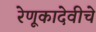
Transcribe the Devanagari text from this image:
रेणूकादेवीचे